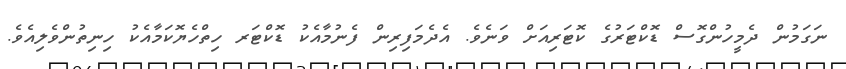
ނަގަމުން ދެމީހުންގޮސް ޑޮކްޓަރުގެ ކޮޓަރިއަށް ވަނެވެ. އެދެމަފިރިން ފެނުމާއެކު ޑޮކްޓަރ ހިތްހެޔޮކަމާއެކު ހިނިތުންވެލިއެވެ.